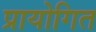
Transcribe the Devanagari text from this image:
प्रायोगित